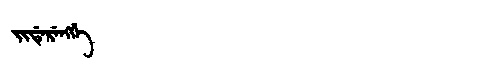
Manchu: ᠵᡳᡩᡝᡵᡝᠩᡤᡝ
Romanization: JIDERENGGE